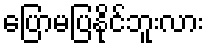
ပြောမပြနိုင်ဘူးလား